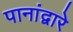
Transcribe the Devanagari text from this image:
पानांद्वारे